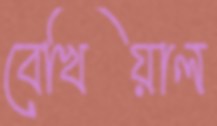
বেখিয়াল